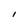
Character: I